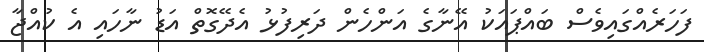
ފަހަރެއްގައިވެސް ބައްޕައަކު އޭނާގެ އަންހެން ދަރިފުޅު އެދޭގޮތް އަޑު ނާހައި އެ ކުއްޖާ